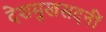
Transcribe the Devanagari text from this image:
देशमुखसदनीं